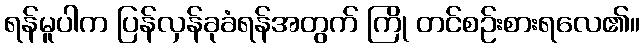
ရန်မူပါက ပြန်လှန်ခုခံရန်အတွက် ကြို တင်စဉ်းစားရလေ၏။